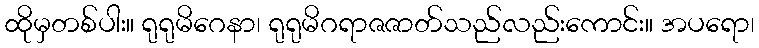
ထိုမှတစ်ပါး။ ရုရုမိဂေနာ၊ ရုရုမိဂရာဇဇာတ်သည်လည်းကောင်း။ အပရော၊